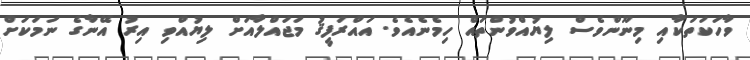
ވާހަކަތަކާއި މިނޫންވެސް ލިޔުއްވުންތައް ހިމެނެއެވެ. އައްރަފީޤު މަޖައްލާއަށް ލިޔުއްވި އިރު އޭނާގެ ނަމަކަށް